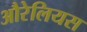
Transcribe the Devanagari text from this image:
औरेलियस